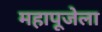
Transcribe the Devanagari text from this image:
महापूजेला